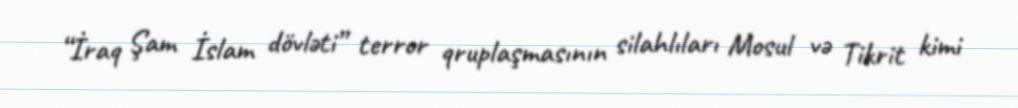
“İraq Şam İslam dövləti” terror qruplaşmasının silahlıları Mosul və Tikrit kimi